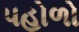
પહોળો